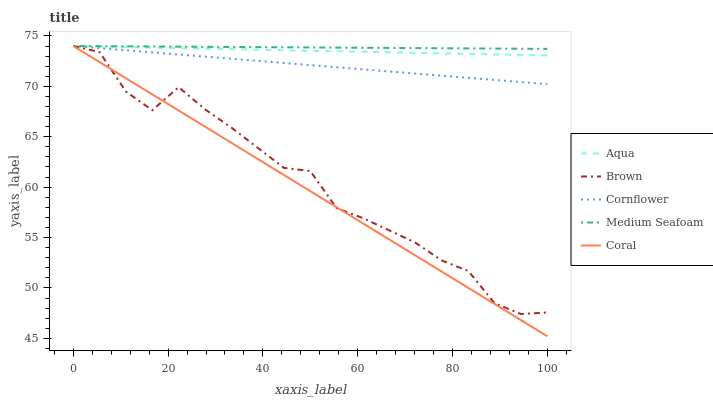
| xaxis_label | Aqua | Brown | Cornflower | Medium Seafoam | Coral |
 | --- | --- | --- | --- | --- | --- |
 | 0 | 74 | 74 | 74 | 74 | 74 |
 | 5.56 | 73.9 | 73.4 | 73.8 | 74 | 72.4 |
 | 11.1 | 73.9 | 69.5 | 73.6 | 74 | 70.8 |
 | 16.7 | 73.8 | 67.6 | 73.4 | 74 | 69.2 |
 | 22.2 | 73.8 | 69.9 | 73.2 | 73.9 | 67.6 |
 | 27.8 | 73.7 | 67.7 | 72.9 | 73.9 | 66 |
 | 33.3 | 73.7 | 65.9 | 72.7 | 73.9 | 64.4 |
 | 38.9 | 73.6 | 63.9 | 72.5 | 73.9 | 62.8 |
 | 44.4 | 73.6 | 61.9 | 72.3 | 73.9 | 61.2 |
 | 50 | 73.5 | 61.6 | 72.1 | 73.9 | 59.6 |
 | 55.6 | 73.5 | 57.9 | 71.9 | 73.8 | 58 |
 | 61.1 | 73.4 | 56.9 | 71.7 | 73.8 | 56.4 |
 | 66.7 | 73.4 | 55.7 | 71.5 | 73.8 | 54.8 |
 | 72.2 | 73.3 | 54.5 | 71.3 | 73.8 | 53.2 |
 | 77.8 | 73.3 | 52.7 | 71.1 | 73.8 | 51.6 |
 | 83.3 | 73.2 | 51.7 | 70.8 | 73.8 | 50 |
 | 88.9 | 73.2 | 48.5 | 70.6 | 73.7 | 48.4 |
 | 94.4 | 73.1 | 47.4 | 70.4 | 73.7 | 46.8 |
 | 100 | 73.1 | 47.6 | 70.2 | 73.7 | 45.2 |